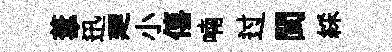
葦迅廽小僖喃过閩綵